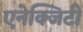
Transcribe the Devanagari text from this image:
एनेक्जिटी